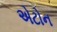
એટોન